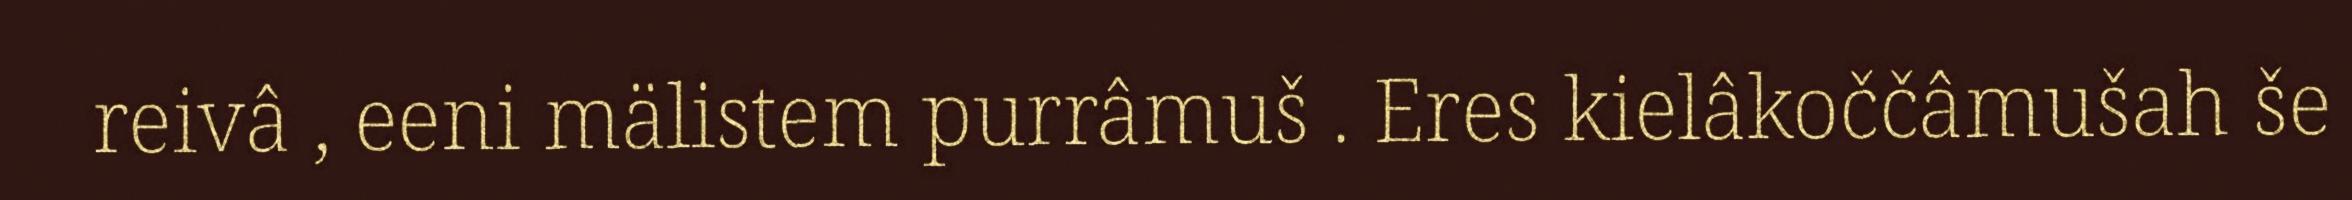
reivâ , eeni mälistem purrâmuš . Eres kielâkoččâmušah še